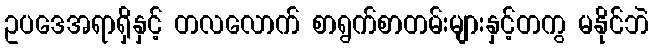
ဥပဒေအရာရှိနှင့် တလလောက် စာရွက်စာတမ်းများနှင့်တကွ မနိုင်ဘဲ